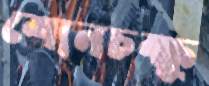
শ্যেনচক্ষু